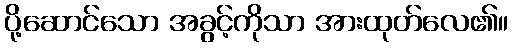
ပို့ဆောင်သော အခွင့်ကိုသာ အားထုတ်လေ၏။